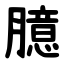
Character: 臆